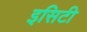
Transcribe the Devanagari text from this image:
इसिटी